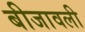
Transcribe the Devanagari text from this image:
बीजावली